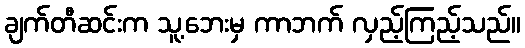
ချက်တီဆင်းက သူ့ဘေးမှ ကာဘက် လှည့်ကြည့်သည်။